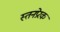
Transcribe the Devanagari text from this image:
स्तनप्रेरक